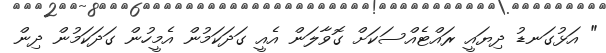
" އަޅުގަނޑު ދިޔައީ ރައްޓެއްސަކަށް ގޮވާލަން އެއީ ގަދަކަމުން އެމީހުން ގަދަކަމުން ދިން